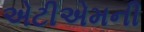
એટીએમની